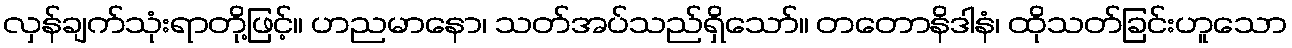
လှန်ချက်သုံးရာတို့ဖြင့်။ ဟညမာနော၊ သတ်အပ်သည်ရှိသော်။ တတောနိဒါနံ၊ ထိုသတ်ခြင်းဟူသော